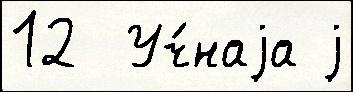
12  Уч́наjа j